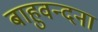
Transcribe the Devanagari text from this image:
बाहुवन्दना